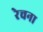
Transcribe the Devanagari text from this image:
रेचना